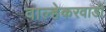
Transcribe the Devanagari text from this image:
वाल्हेकरवाडी